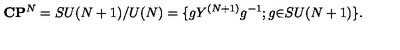
{ \bf C } { \bf P } ^ { N } = S U ( N + 1 ) / { U ( N ) } = \{ g Y ^ { ( N + 1 ) } g ^ { - 1 } ; g { \in } S U ( N + 1 ) \} .